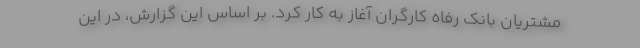
مشتریان بانک رفاه کارگران آغاز به کار کرد. بر اساس این گزارش، در این